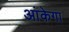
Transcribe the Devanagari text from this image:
आंकेगा